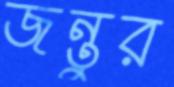
জন্তুর